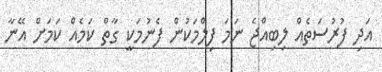
އަދި ފުރުސަތެއް ލިބިއްޖެ ނަމަ ފިލްމަކުން ފެނުމަކީ ގާތް ކަމެއް ކަމަށް އޭނާ